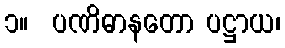
၁။  ပဏိဓာနတော ပဋ္ဌာယ၊